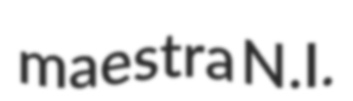
maestra N.I.